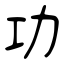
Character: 功